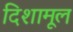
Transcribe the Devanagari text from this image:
दिशामूल